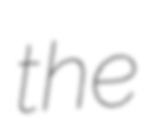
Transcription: the